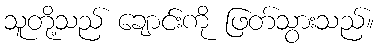
သူတို့သည် ချောင်းကို ဖြတ်သွားသည်။